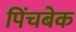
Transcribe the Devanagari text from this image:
पिंचबेक